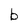
Character: b